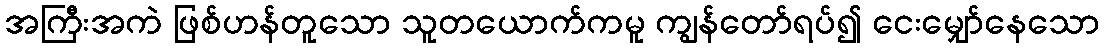
အကြီးအကဲ ဖြစ်ဟန်တူသော သူတယောက်ကမူ ကျွန်တော်ရပ်၍ ငေးမျှော်နေသော